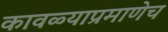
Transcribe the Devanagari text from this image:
कावळ्याप्रमाणेच